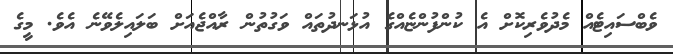
ވެބްސައިޓެއް މެދުވެރިކޮށް އެ ކުންފުންޏެއްގެ އުޅަނދުތައް ވަގުތުން ރާއްޖެއަށް ބަލައިލެވޭނެ އެވެ. މީގެ